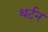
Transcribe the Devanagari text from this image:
थर्टन